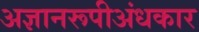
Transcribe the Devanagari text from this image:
अज्ञानरूपीअंधकार